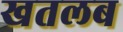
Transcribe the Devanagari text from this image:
खतलब